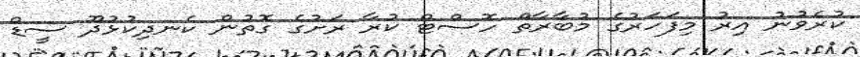
ކުރެވުނު އިރު މިފަހަރުގެ މުބާރާތް ހޮސްޓް ކުރާ ރަށުގެ ގޮތުން ކެނދިކުޅުދޫ ސީޑް